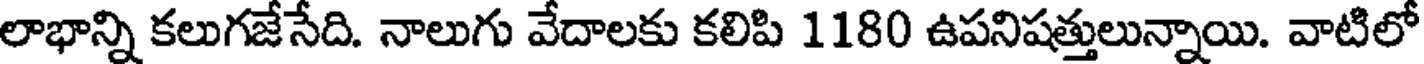
లాభాన్ని కలుగజేసేది. నాలుగు వేదాలకు కలిపి 1180 ఉపనిషత్తులున్నాయి. వాటిలో